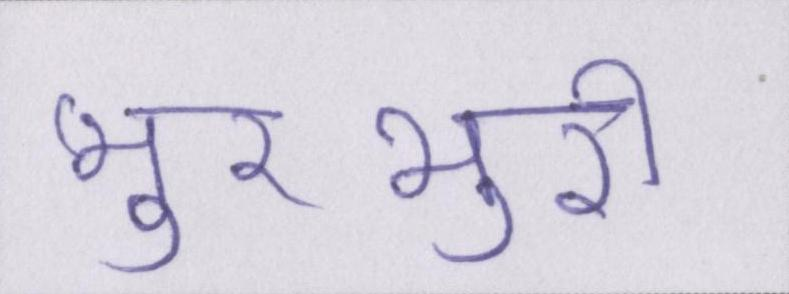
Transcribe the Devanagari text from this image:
भुरभुरी